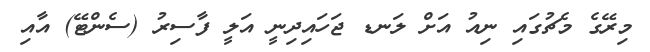
މިރޭގެ މެޗުގައި ނިއު އަށް ލަނޑ ޖަހައިދިނީ އަލީ ފާސިރު (ސެންޓޭ) އާއި